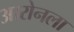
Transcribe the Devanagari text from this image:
आरोनला